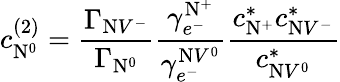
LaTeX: c_{\mathrm{N}^{0}}^{(2)}=\frac{\Gamma_{\mathrm{N}V^{-}}}{\Gamma_{\mathrm{N}^{0}}}\frac{\gamma_{e^{-}}^{\mathrm{N}^{+}}}{\gamma_{e^{-}}^{\mathrm{N}V^{0}}}\frac{c_{\mathrm{N}^{+}}^{*}c_{\mathrm{N}V^{-}}^{*}}{c_{\mathrm{N}V^{0}}^{*}}